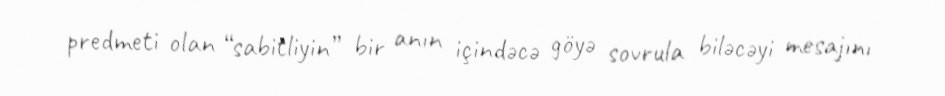
predmeti olan “sabitliyin” bir anın içindəcə göyə sovrula biləcəyi mesajını